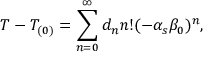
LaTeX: T - T _ { ( 0 ) } = \sum _ { n = 0 } ^ { \infty } d _ { n } n ! ( - \alpha _ { s } \beta _ { 0 } ) ^ { n } ,